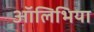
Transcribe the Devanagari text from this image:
ऑलिभिया